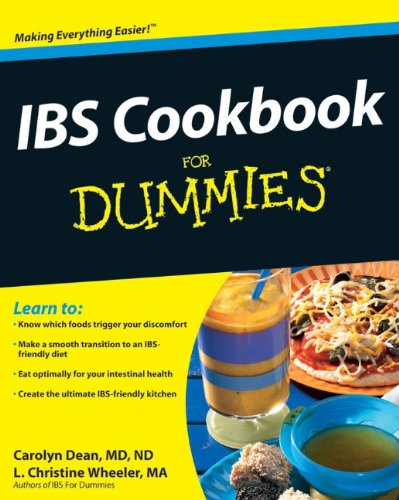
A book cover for IBS Cookbook For Dummies; Carolyn Dean; Health, Fitness & Dieting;